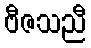
ဗီဇသညီ